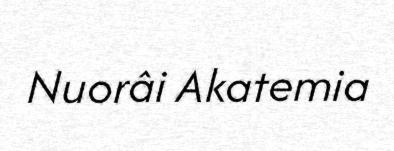
Nuorâi Akatemia